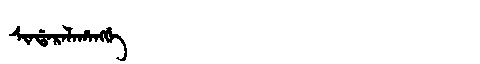
Manchu: ᠰᡳᠨᡩᠠᡵᠠᠯᠠᡥᠠᠩᡤᡝ
Romanization: SINDARALAHANGGE